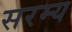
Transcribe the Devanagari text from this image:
सरम्य